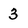
Character: 3